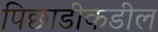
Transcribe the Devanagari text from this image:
पिछाडीकडील